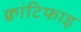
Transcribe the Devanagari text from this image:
क्वांटिफाइ